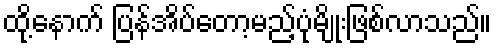
ထို့နောက် ပြန်အိပ်တော့မည့်ပုံမျိုးဖြစ်လာသည်။